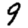
Digit: 9